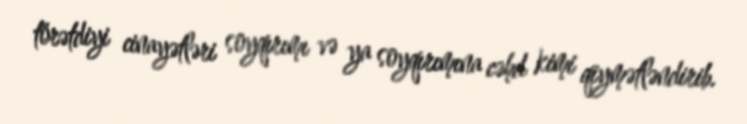
törətdiyi cinayətləri soyqırımı və ya soyqırımına cəhd kimi qiymətləndirib.